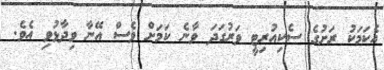
އެކަމަކު ރަށުގެ ސެކިއުރިޓީ ވަރުގަދަ ވާނެ ކަމަށް ވެސް އޭނާ ވިދާޅުވި އެވެ.